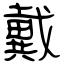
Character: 戴